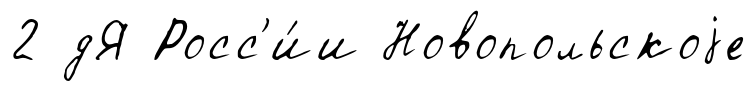
2 дЯ Росс'и́и Новопольскоjе